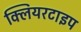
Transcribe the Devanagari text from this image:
क्लियरटाइप